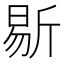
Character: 𣂨